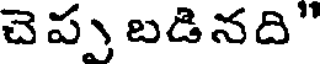
చెప్పు బడినది"